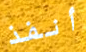
أنفذ